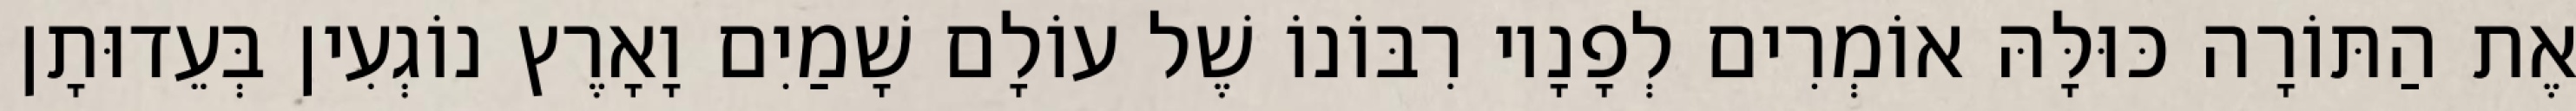
אֶת הַתּוֹרָה כּוּלָּהּ אוֹמְרִים לְפָנָיו רִבּוֹנוֹ שֶׁל עוֹלָם שָׁמַיִם וָאָרֶץ נוֹגְעִין בְּעֵדוּתָן